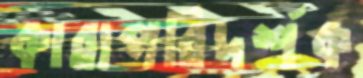
কারাপরিদর্শক